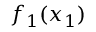
f _ { 1 } ( x _ { 1 } )